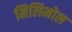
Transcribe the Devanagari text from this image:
मिलिमोल